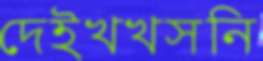
দেইখখসনি